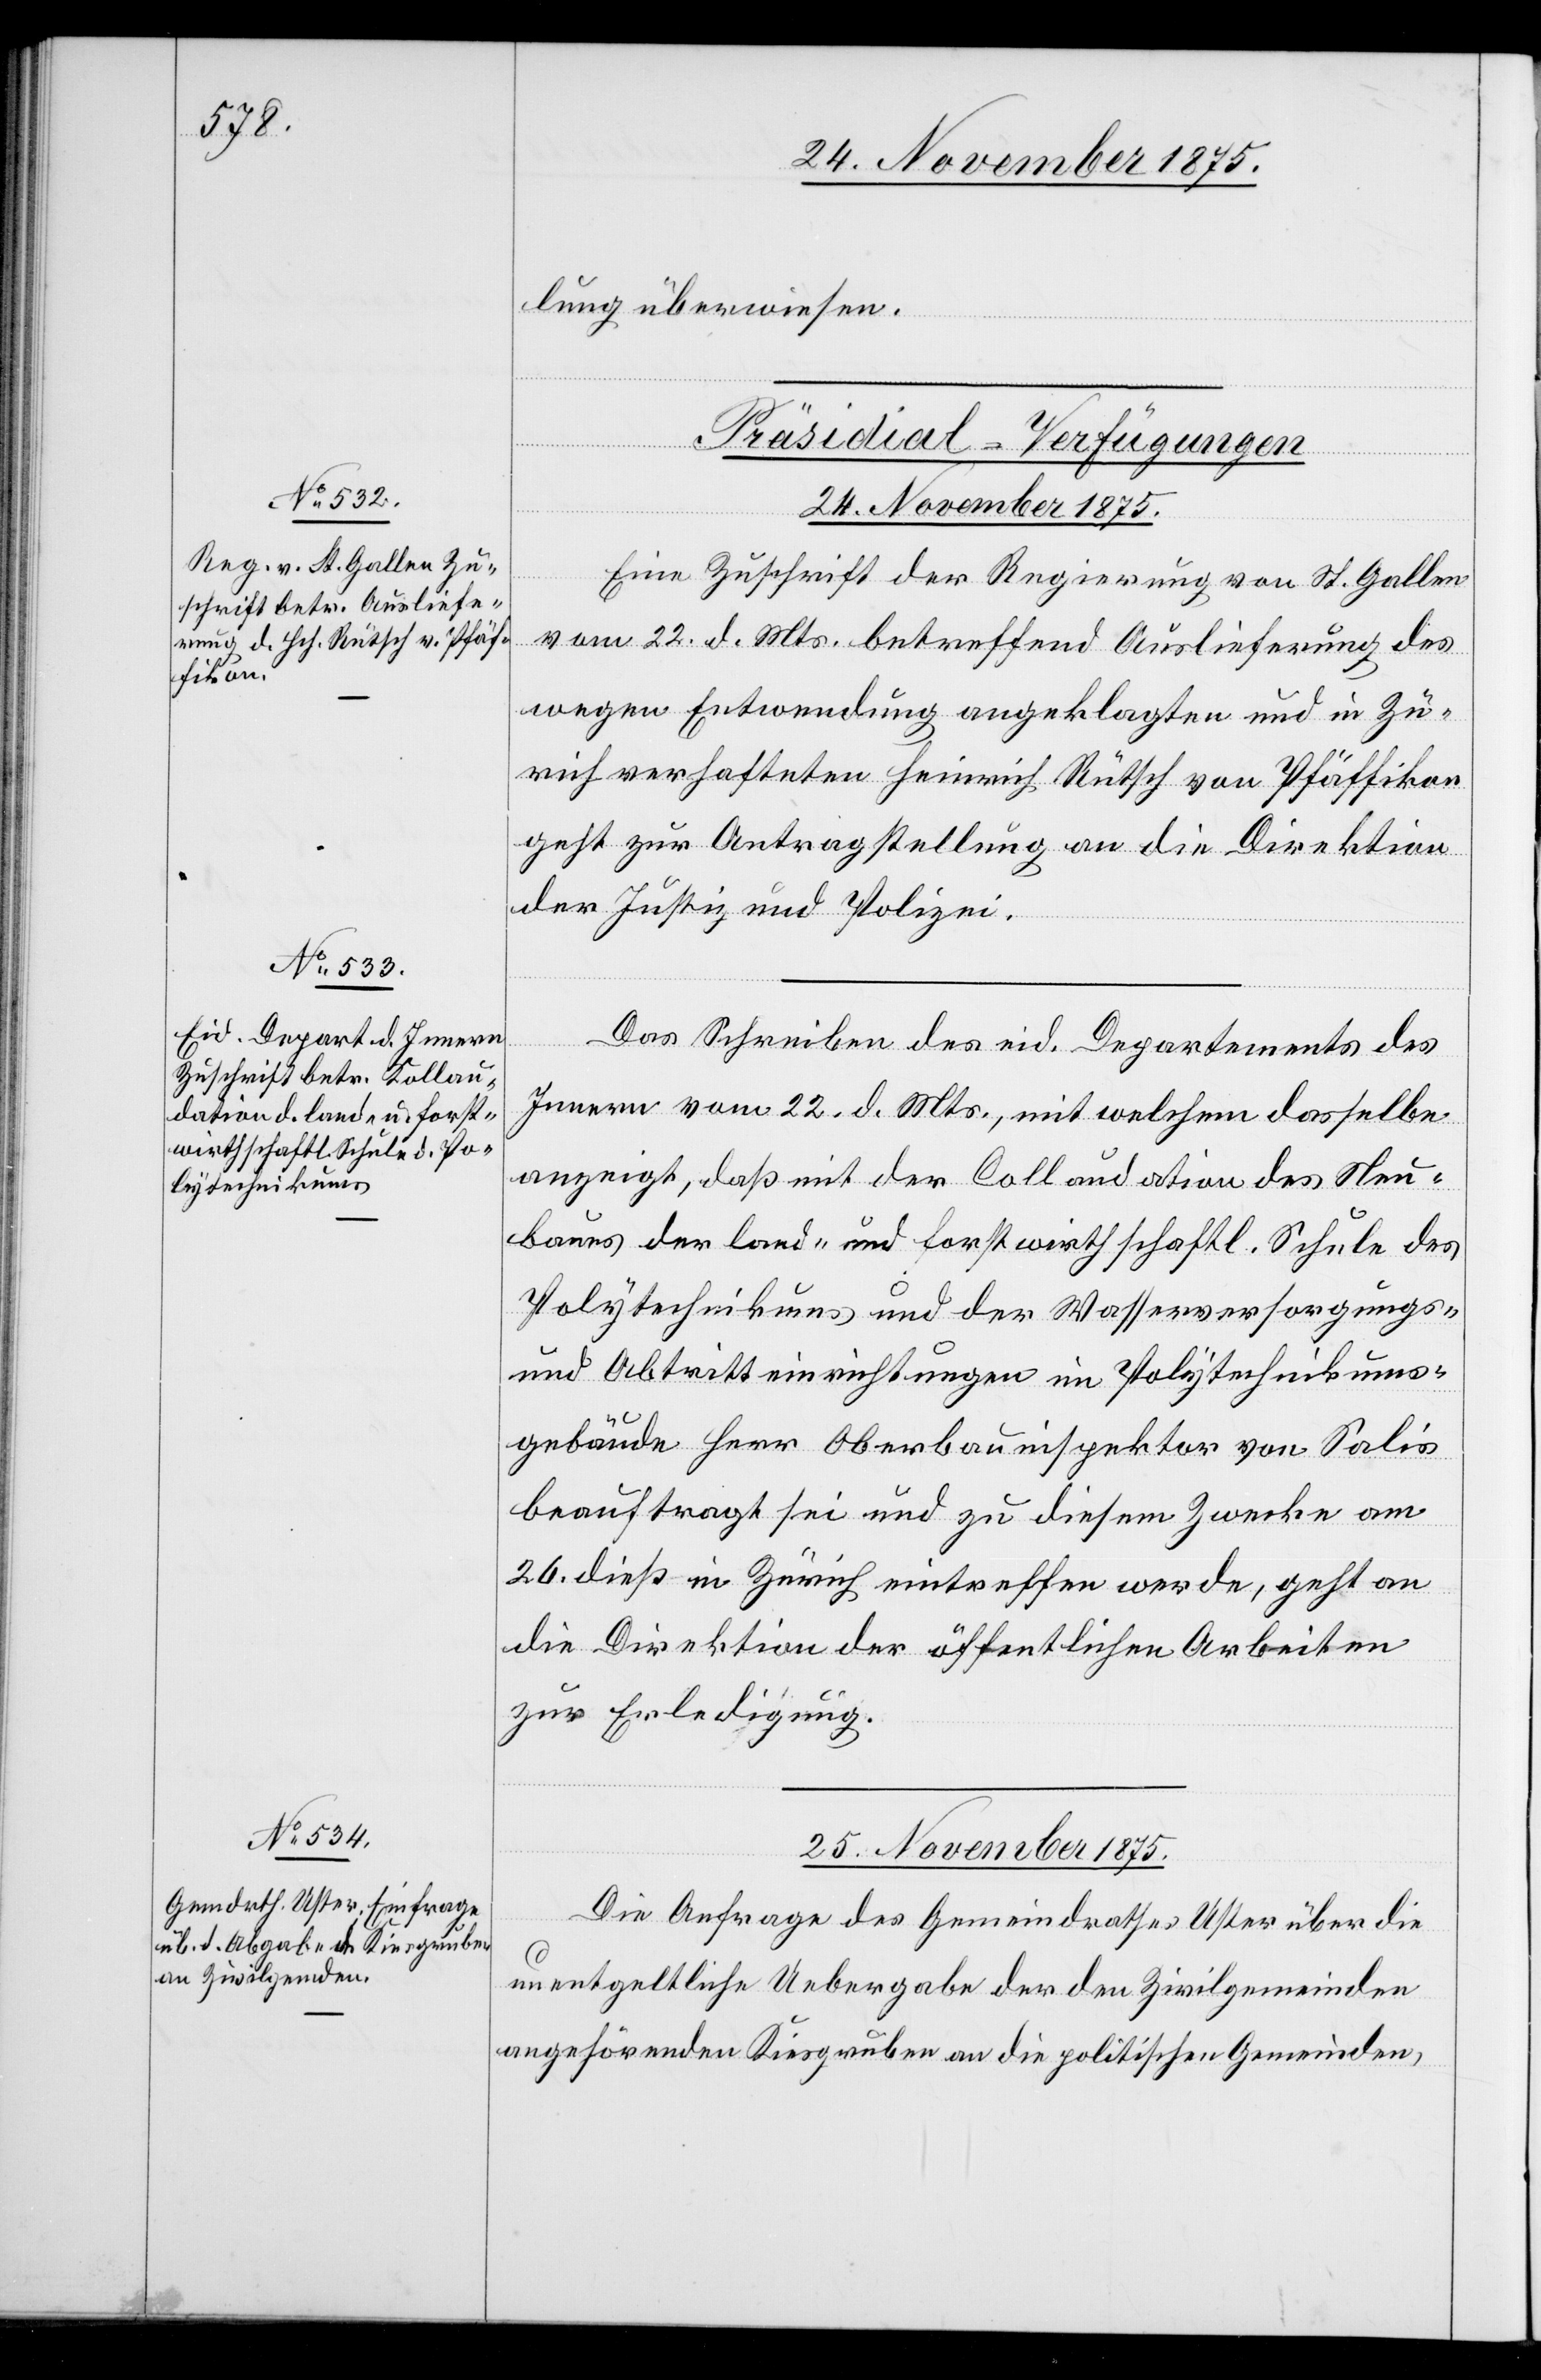
25. November 1875.
lung überwiesen.
[Präsidial-Verfügungen]
24. November 1875.
Eine Zuschrift der Regierung von St. Gallen
vom 22. d. Mts. betreffend Auslieferung des
wegen Entwendung angeklagten und in Zü¬
rich verhafteten Heinrich Rütsch von Pfäffikon
geht zur Antragstellung an die Direktion
der Justiz und Polizei.
Das Schreiben des eid. Departements des
Innern vom 22. d. Mts., mit welchem dasselbe
anzeigt, daß mit der Collaudation des Neu¬
baues der land- und forstwirthschaftl. Schule des
Polytechnikums und der Wasserversorgungs-
und Abtritteinrichtungen im Polytechnikums¬
gebäude Herr Oberbauinspektor von Salis
beauftragt sei und zu diesem Zwecke am
26. dieß in Zürich eintreffen werde, geht an
die Direktion der öffentlichen Arbeiten
zur Erledigung.
Die Anfrage des Gemeindrathes Uster über die
unentgeltliche Uebergabe der den Zivilgemeinden
angehörenden Kiesgruben an die politischen Gemeinden,